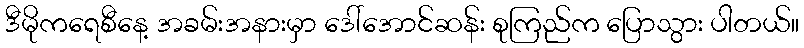
ဒီမိုကရေစီနေ့ အခမ်းအနားမှာ ဒေါ်အောင်ဆန်း စုကြည်က ပြောသွား ပါတယ်။